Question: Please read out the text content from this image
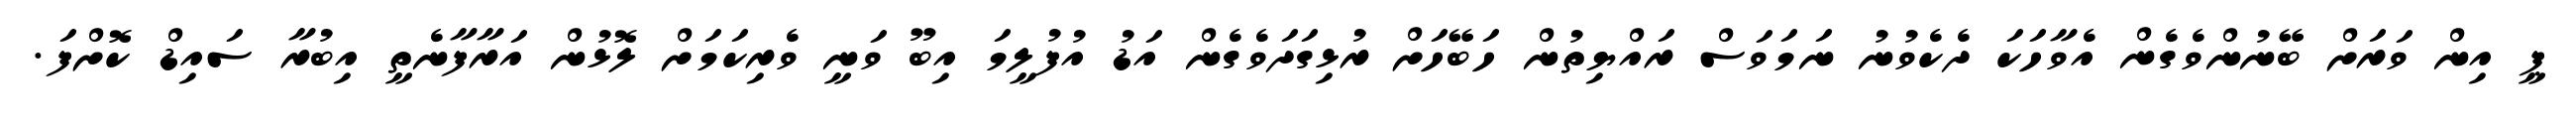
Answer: ޕީ އިން ވަރަށް ބޭނުންވެގެން އެވާހަކަ ދެކެވުނު ނަމަވަސް ރައްޔިތުން ހަބޭހަށް ރުޅިގަދަވެގެން އަޑު އުފުލީމަ އިބޫ ވަނީ ވެރިކަމަށް ލޮޅުން އަރާފާނެތީ އިބުރާ ސައިޑް ކޮށްފަ.